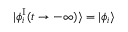
\vert \phi _ { i } ^ { \mathrm { I } } ( t \rightarrow - \infty ) \rangle = \vert \phi _ { i } \rangle